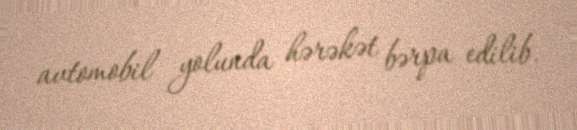
avtomobil yolunda hərəkət bərpa edilib.